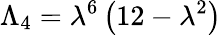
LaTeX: \Lambda_{4}=\lambda^{6}\left(12-\lambda^{2}\right)